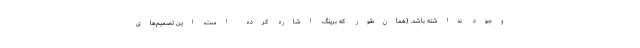
وجود نداشته باشد. (همان‌طور که برینگ اشاره کرده است، این تصمیم‌های